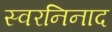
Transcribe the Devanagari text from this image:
स्वरनिनाद